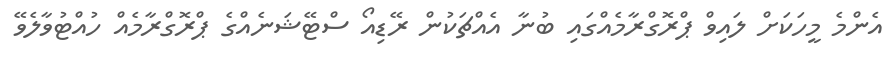
އެންމެ މީހަކަށް ލައިވް ޕްރޮގްރާމެއްގައި ބުނާ އެއްޗަކުން ރޭޑިއޯ ސްޓޭޝަނެއްގެ ޕްރޮގްރާމެއް ހުއްޓުވާލެވޭ